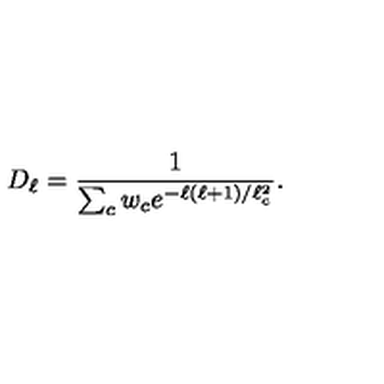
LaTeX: D _ { \ell } = { \frac { 1 } { \sum _ { c } w _ { c } e ^ { - \ell ( \ell + 1 ) / \ell _ { c } ^ { 2 } } } } .